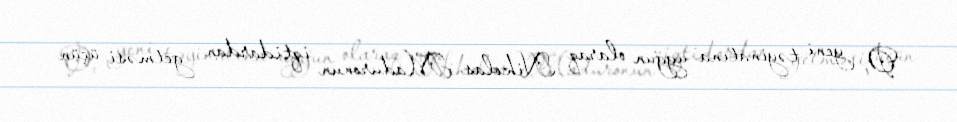
O, yeni təyinatına uyğun olaraq Nikolas Maduronun iqtidardan getməsi üçün